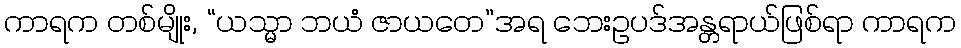
ကာရက တစ်မျိုး, “ယသ္မာ ဘယံ ဇာယတေ”အရ ဘေးဥပဒ်အန္တရာယ်ဖြစ်ရာ ကာရက